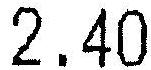
2.40